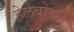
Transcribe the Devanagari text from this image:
हेलेबोरस